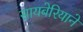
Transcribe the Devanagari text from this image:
सायबेरियाने